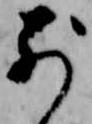
別